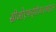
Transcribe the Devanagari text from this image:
सीओएफईपीआरआईएस